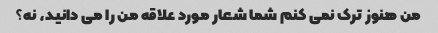
من هنوز ترک نمی کنم شما شعار مورد علاقه من را می دانید، نه؟